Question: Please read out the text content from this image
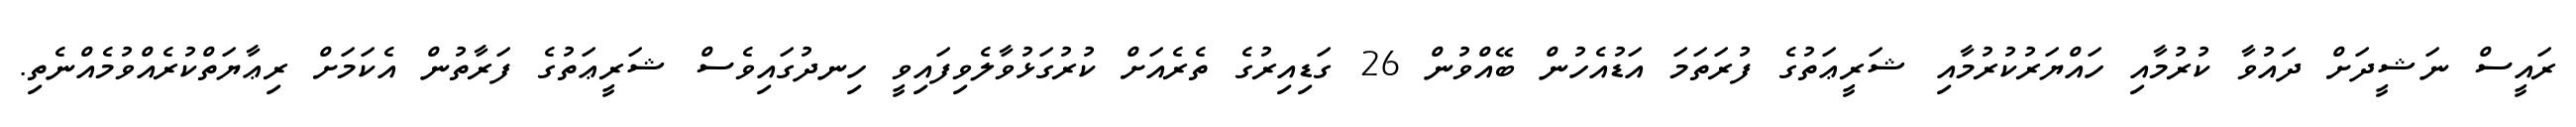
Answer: ރައީސް ނަޝީދަށް ދައުވާ ކުރުމާއި ހައްޔަރުކުރުމާއި ޝަރީޢަތުގެ ފުރަތަމަ އަޑުއެހުން ބޭއްވުން 26 ގަޑިއިރުގެ ތެރެއަށް ކުރުގަޅުވާލެވިފައިވީ ހިނދުގައިވެސް ޝަރީޢަތުގެ ފަރާތުން އެކަމަށް ރިޢާޔަތްކުރެއްވުމެއްނެތި.